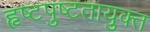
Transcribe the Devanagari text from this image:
हृष्टपुष्टतायुक्त